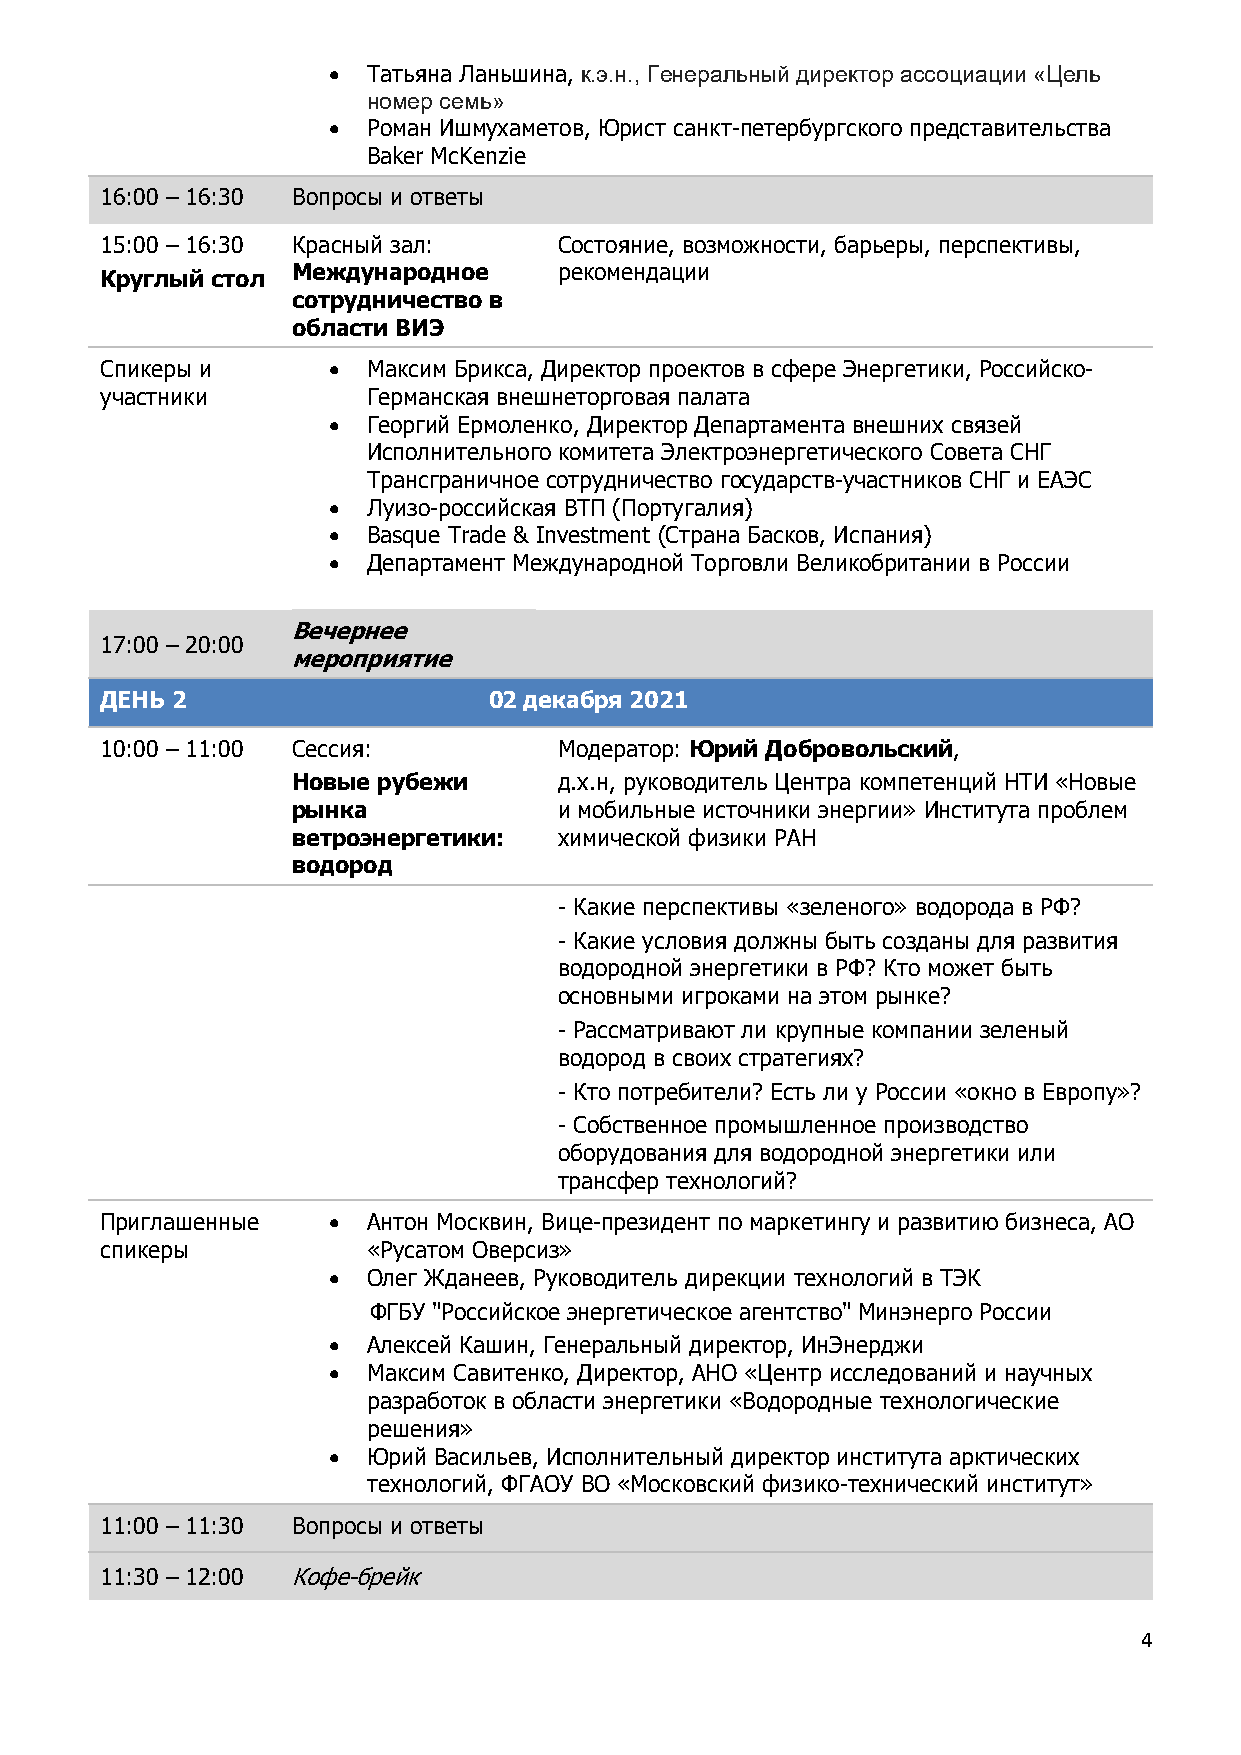
• Татьяна Ланьшина, к.э.н., Генеральный директор ассоциации «Цель
 номер семь»
 • Роман Ишмухаметов, Юрист санкт-петербургского представительства
 Baker McKenzie
 16:00 – 16:30 Вопросы и ответы
 15:00 – 16:30 Красный зал:    Состояние, возможности, барьеры, перспективы,
 Круглый стол Международное    рекомендации
 сотрудничество в
 области ВИЭ
 Спикеры и      • Максим Брикса, Директор проектов в сфере Энергетики, Российско-
 участники        Германская внешнеторговая палата
 • Георгий Ермоленко, Директор Департамента внешних связей
 Исполнительного комитета Электроэнергетического Совета СНГ
 Трансграничное сотрудничество государств-участников СНГ и ЕАЭС
 • Луизо-российская ВТП (Португалия)
 • Basque Trade & Investment (Страна Басков, Испания)
 • Департамент Международной Торговли Великобритании в России
 Вечернее
 17:00 – 20:00
 мероприятие
 ДЕНЬ 2                   02 декабря 2021
 10:00 – 11:00 Сессия:         Модератор: Юрий Добровольский,
 Новые рубежи      д.х.н, руководитель Центра компетенций НТИ «Новые
 рынка             и мобильные источники энергии» Института проблем
 ветроэнергетики:  химической физики РАН
 водород
 - Какие перспективы «зеленого» водорода в РФ?
 - Какие условия должны быть созданы для развития
 водородной энергетики в РФ? Кто может быть
 основными игроками на этом рынке?
 - Рассматривают ли крупные компании зеленый
 водород в своих стратегиях?
 - Кто потребители? Есть ли у России «окно в Европу»?
 - Собственное промышленное производство
 оборудования для водородной энергетики или
 трансфер технологий?
 Приглашенные   • Антон Москвин, Вице-президент по маркетингу и развитию бизнеса, АО
 спикеры          «Русатом Оверсиз»
 • Олег Жданеев, Руководитель дирекции технологий в ТЭК
 ФГБУ "Российское энергетическое агентство" Минэнерго России
 • Алексей Кашин, Генеральный директор, ИнЭнерджи
 • Максим Савитенко, Директор, АНО «Центр исследований и научных
 разработок в области энергетики «Водородные технологические
 решения»
 • Юрий Васильев, Исполнительный директор института арктических
 технологий, ФГАОУ ВО «Московский физико-технический институт»
 11:00 – 11:30 Вопросы и ответы
 11:30 – 12:00 Кофе-брейк
 4